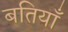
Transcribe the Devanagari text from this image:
बतियाँ